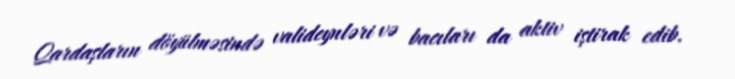
Qardaşların döyülməsində valideynləri və bacıları da aktiv iştirak edib.